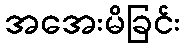
အအေးမိခြင်း